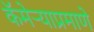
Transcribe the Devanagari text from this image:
कॅमेऱ्याप्रमाणे